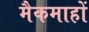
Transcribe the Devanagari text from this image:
मैकमाहों